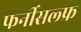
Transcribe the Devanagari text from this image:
फर्नीसल्फ्र